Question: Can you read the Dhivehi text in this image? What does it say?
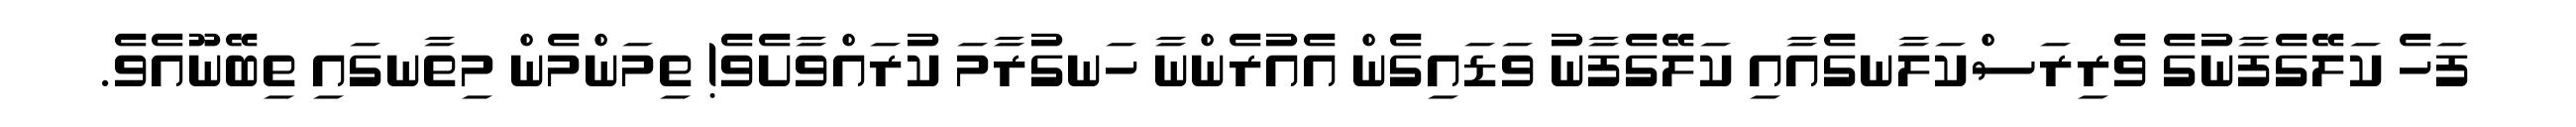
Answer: ފަހެ ކަލޭގެފާނުގެ ވެރިރަސްކަލާނގެއާއި ކަލޭގެފާނު ވަޑައިގެން އެއުރެންނާ ހަނގުރާމަ ކުރައްވާށެވެ! ތިމަންމެން މިތާނގައި ތިބޭނޫއެވެ.